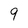
Character: 9